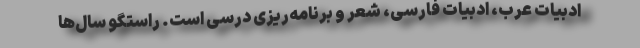
ادبیات عرب، ادبیات فارسی، شعر و برنامه‌ریزی درسی است. راستگو سال‌ها